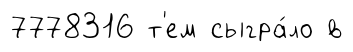
7778316 т'ем сыгра́ло в